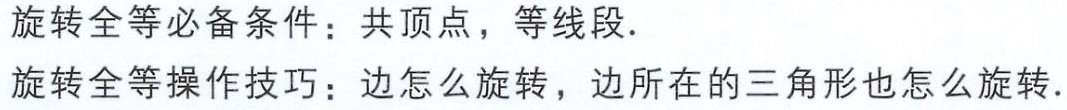
旋转全等必备条件：共顶点，等线段.

旋转全等操作技巧：边怎么旋转，边所在的三角形也怎么旋转.